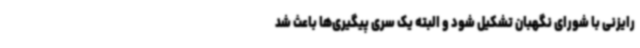
رایزنی با شورای نگهبان تشکیل شود و البته یک سری پیگیری‌ها باعث شد